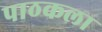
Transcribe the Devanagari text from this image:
पाठकला